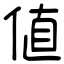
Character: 値